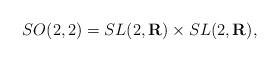
LaTeX: \begin{align*}SO(2,2)=SL(2,{\bf R})\times SL(2,{\bf R}), \end{align*}